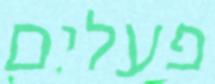
פעלים